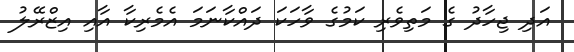
އަދި ޖިހާދު ގެ މަތިވެރި ކަމުގެ ވާހަކަ ދައްކާނަމަ އެމެރިކާ އާއި އިޒްރޭލު